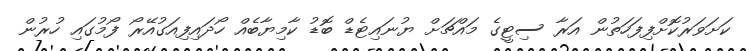
ކަށަވަރުކޮށްފިފަހަތުން އަރާ ސިޓީގެ މައްޗަށް ޔުނައިޓެޑް ބޮޑު ކާމިޔާބެއް ހޯދައިފިއަގުއޭރޯ ފޯމުގައި ހުރުން